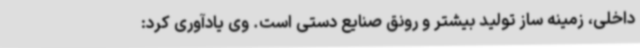
داخلی، زمینه ساز تولید بیشتر و رونق صنایع دستی است. وی یادآوری کرد: